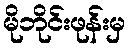
မိုဘိုင်းဖုန်းမှ